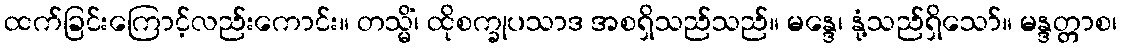
ထက်ခြင်းကြောင့်လည်းကောင်း။ တသ္မိံ၊ ထိုစက္ခုပသာဒ အစရှိသည်သည်။ မန္ဒေ၊ နုံ့သည်ရှိသော်။ မန္ဒတ္တာစ၊